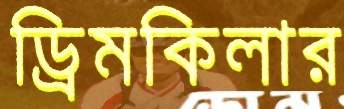
ড্রিমকিলার